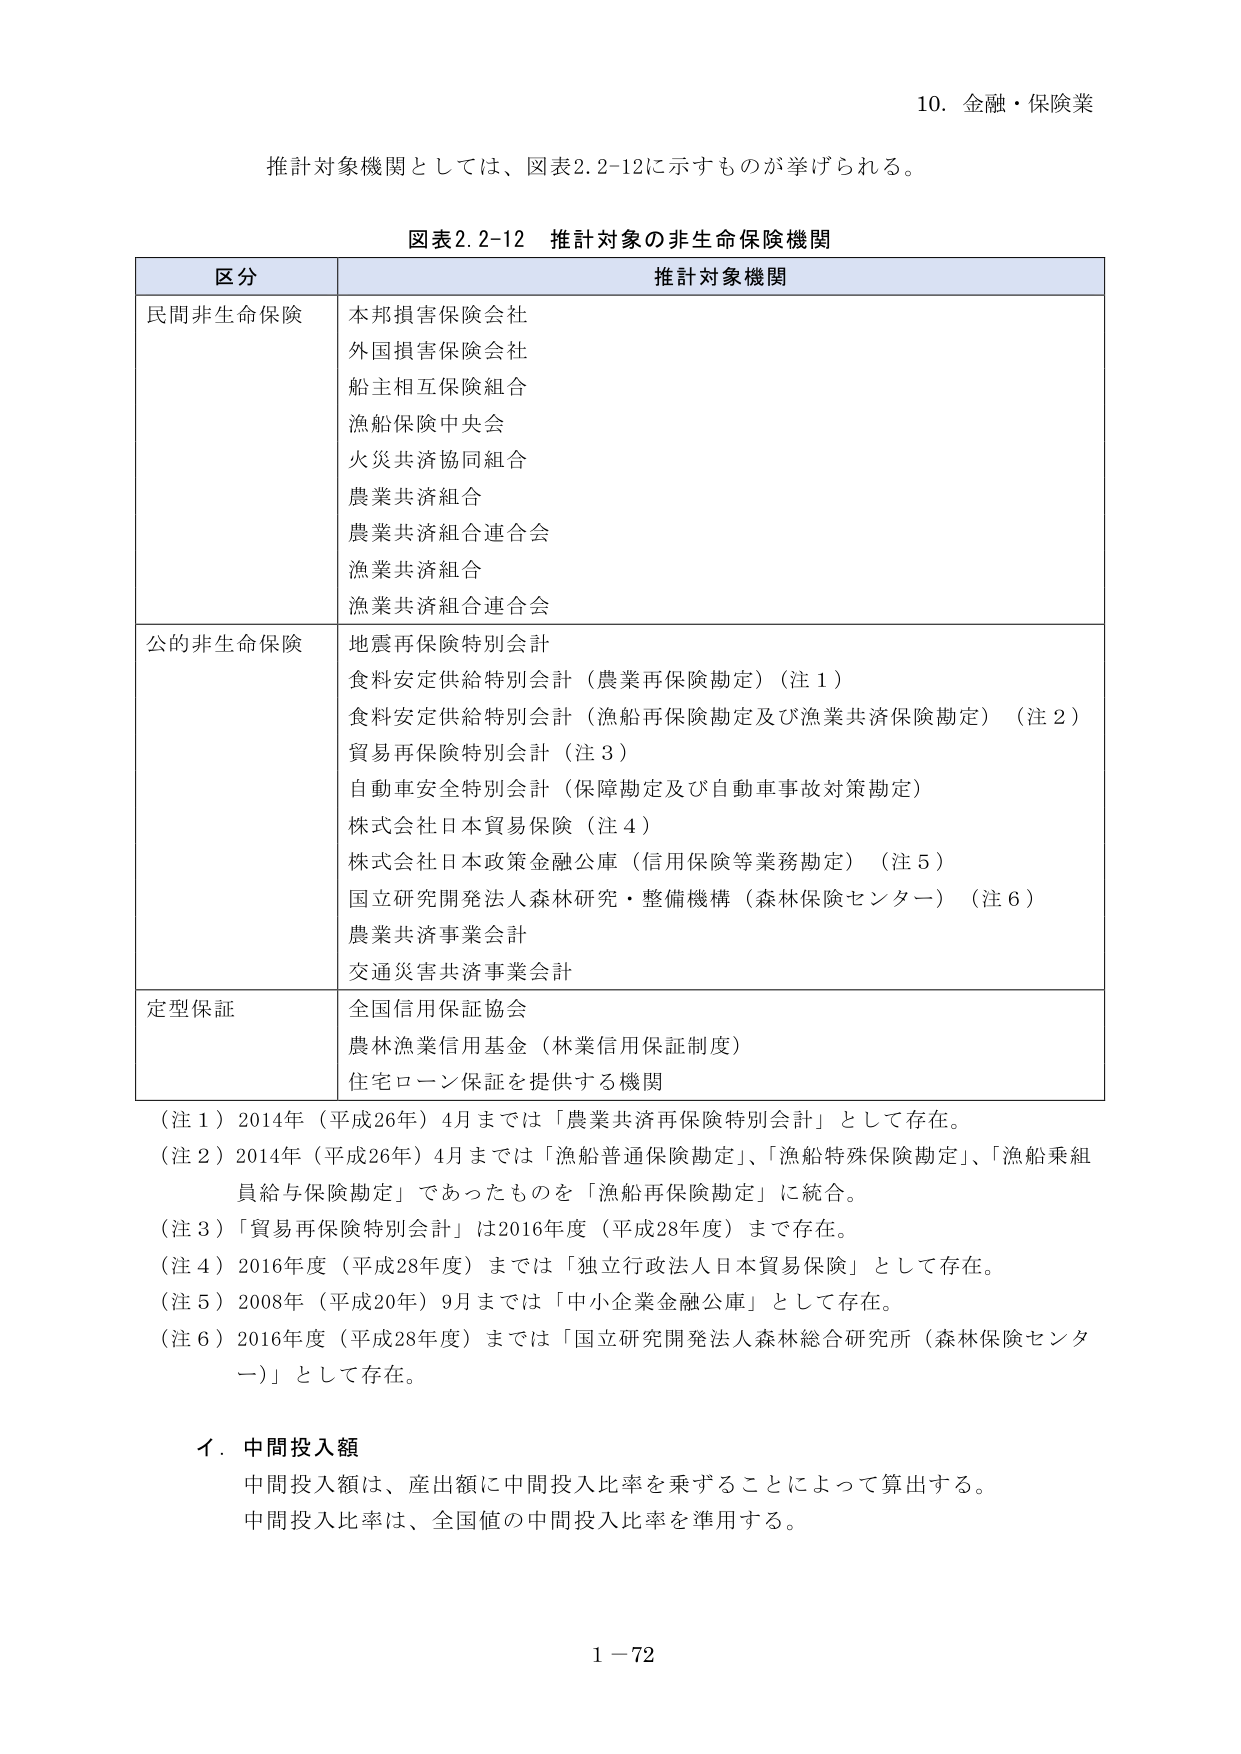
10. 金融・保険業

推計対象機関としては、図表2.2-12に示すものが挙げられる。

図表2.2-12 推計対象の非生命保険機関

区分 推計対象機関

民間非生命保険 本邦損害保険会社
外国損害保険会社
船主相互保険組合
漁船保険中央会
火災共済協同組合
農業共済組合
農業共済組合連合会
漁業共済組合
漁業共済組合連合会

公的非生命保険 地震再保険特別会計
食料安定供給特別会計（農業再保険勘定）（注1）
食料安定供給特別会計（漁船再保険勘定及び漁業共済保険勘定）（注2）
貿易再保険特別会計（注3）
自動車安全特別会計（保障勘定及び自動車事故対策勘定）
株式会社日本貿易保険（注4）
株式会社日本政策金融公庫（信用保険等業務勘定）（注5）
国立研究開発法人森林研究・整備機構（森林保険センター）（注6）
農業共済事業会計
交通災害共済事業会計

定型保証 全国信用保証協会
農林漁業信用基金（林業信用保証制度）
住宅ローン保証を提供する機関

（注1）2014年（平成26年）4月までは「農業共済再保険特別会計」として存在。
（注2）2014年（平成26年）4月までは「漁船普通保険勘定」、「漁船特殊保険勘定」、「漁船乗組員給与保険勘定」であったものを「漁船再保険勘定」に統合。
（注3）「貿易再保険特別会計」は2016年度（平成28年度）まで存在。
（注4）2016年度（平成28年度）までは「独立行政法人日本貿易保険」として存在。
（注5）2008年（平成20年）9月までは「中小企業金融公庫」として存在。
（注6）2016年度（平成28年度）までは「国立研究開発法人森林総合研究所（森林保険センター）」として存在。

イ．中間投入額
中間投入額は、産出額に中間投入比率を乗ずることによって算出する。
中間投入比率は、全国値の中間投入比率を準用する。

1－72